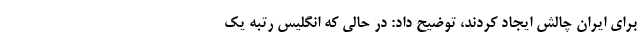
برای ایران چالش ایجاد کردند، توضیح داد: در حالی که انگلیس رتبه یک